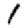
Digit: 1